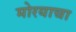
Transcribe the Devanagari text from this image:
मोरयाचा